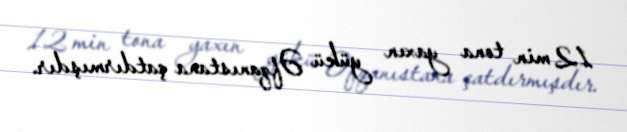
12 min tona yaxın yükü Əfqanıstana çatdırmışdır.